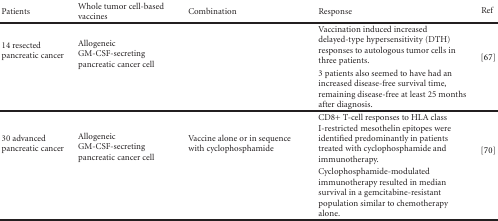
<table><thead><tr><td><b>Patients</b></td><td><b>Whole tumor cell-based vaccines</b></td><td><b>Combination</b></td><td><b>Response</b></td><td><b>Ref</b></td></tr></thead><tbody><tr><td rowspan="2">14 resected pancreatic cancer</td><td rowspan="2">Allogeneic GM-CSF-secreting pancreatic cancer cell</td><td rowspan="2"></td><td>Vaccination induced increased delayed-type hypersensitivity (DTH) responses to autologous tumor cells in three patients.</td><td rowspan="2">[67]</td></tr><tr><td>3 patients also seemed to have had an increased disease-free survival time, remaining disease-free at least 25 months after diagnosis.</td></tr><tr><td rowspan="2">30 advanced pancreatic cancer</td><td rowspan="2">Allogeneic GM-CSF-secreting pancreatic cancer cell</td><td rowspan="2">Vaccine alone or in sequence with cyclophosphamide</td><td>CD8+ T-cell responses to HLA class I-restricted mesothelin epitopes were identified predominantly in patients treated with cyclophosphamide and immunotherapy.</td><td rowspan="2">[70]</td></tr><tr><td>Cyclophosphamide-modulated immunotherapy resulted in median survival in a gemcitabine-resistant population similar to chemotherapy alone.</td></tr></tbody></table>